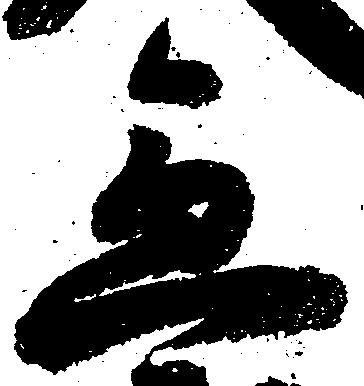
急